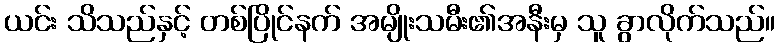
ယင်း သိသည်နှင့် တစ်ပြိုင်နက် အမျိုးသမီး၏အနီးမှ သူ ခွာလိုက်သည်။